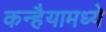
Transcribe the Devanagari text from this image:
कन्हैयामध्ये